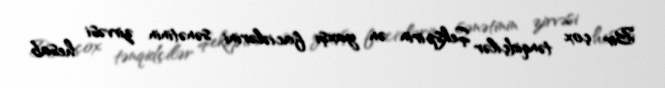
Bir çox tənqidçilər Şekspirin ən yaxşı faciələrini sənətinin zirvəsi hesab